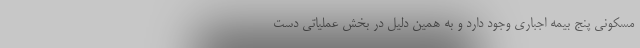
مسکونی پنج بیمه اجباری وجود دارد و به همین دلیل در بخش عملیاتی دست